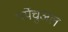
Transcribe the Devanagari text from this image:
पर्पेचुअल